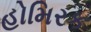
હોમિરક